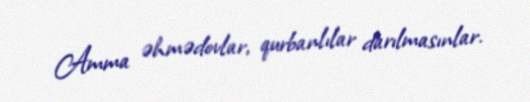
Amma əhmədovlar, qurbanlılar darılmasınlar.